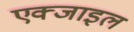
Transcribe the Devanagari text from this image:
एक्जाइल